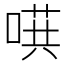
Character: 𱓴